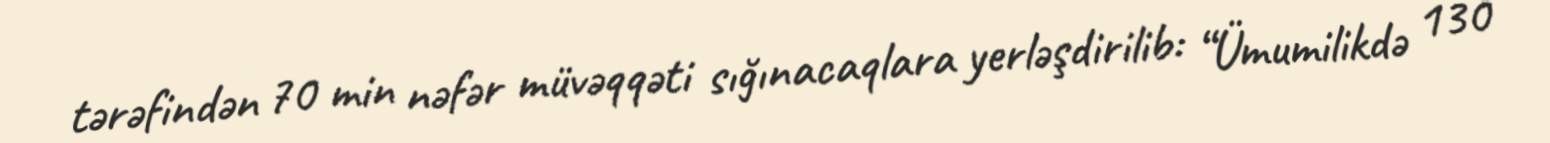
tərəfindən 70 min nəfər müvəqqəti sığınacaqlara yerləşdirilib: “Ümumilikdə 130